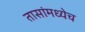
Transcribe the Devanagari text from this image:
तासांमध्येच